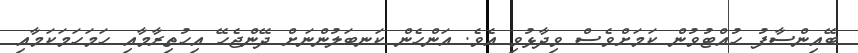
ބޭއިންސާފު ހުއްޓުވުން ކަމަށްވެސް ވިދާޅުވި އެވެ. އަންހެން ކަނބަލުންނަށް ދޭންޖެހޭ އިހުތިރާމާއި ހަމަހަމަކަމާއި